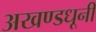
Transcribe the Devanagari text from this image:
अखण्डधूनी